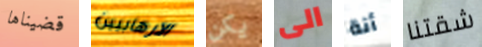
قضيناها الارهابيين يكن الى أنة شقتنا